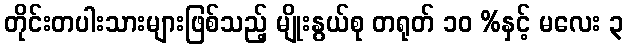
တိုင်းတပါးသားများဖြစ်သည့် မျိုးနွယ်စု တရုတ် ၁၀ %နှင့် မလေး ၃